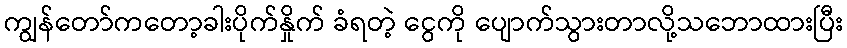
ကျွန်တော်ကတော့ခါးပိုက်နှိုက် ခံရတဲ့ ငွေကို ပျောက်သွားတာလို့သဘောထားပြီး